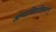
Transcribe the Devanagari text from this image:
आप्यायिताश्चिमतान्